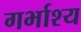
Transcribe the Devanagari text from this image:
गर्भाश्य